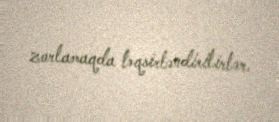
zorlamaqda təqsirləndirilirlər.